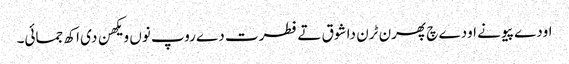
اودے پیو نے اودے چ پھرن ٹرن دا شوق تے فطرت دے روپ نوں ویکھن دی اکھ جمائی۔